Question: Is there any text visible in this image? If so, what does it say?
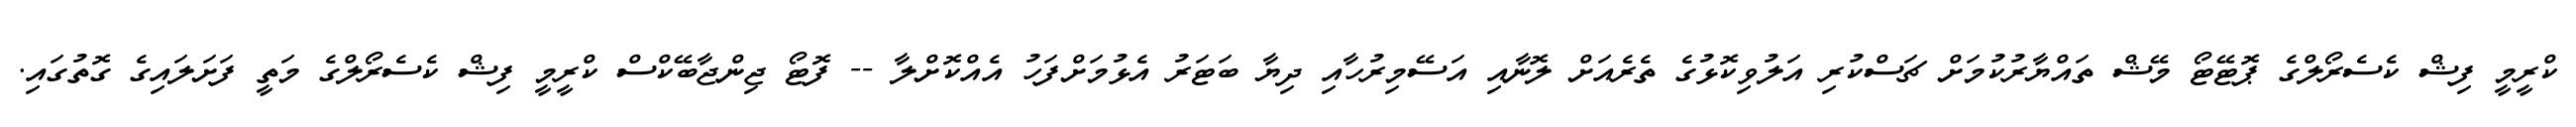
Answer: ކްރީމީ ފިޝް ކެސެރޯލްގެ ޕޮޓޭޓޯ މޭޝް ތައްޔާރުކުމަށް ޗަސްކުރި އަލުވިކޮޅުގެ ތެރެއަށް ލޮނާއި އަސޭމިރުހާއި ދިޔާ ބަޓަރު އެޅުމަށްފަހު އެއްކޮށްލާ -- ފޮޓޯ ޖިންޖާބޭކްސް ކްރީމީ ފިޝް ކެސެރޯލްގެ މަތީ ފަށަލައިގެ ގޮތުގައި.